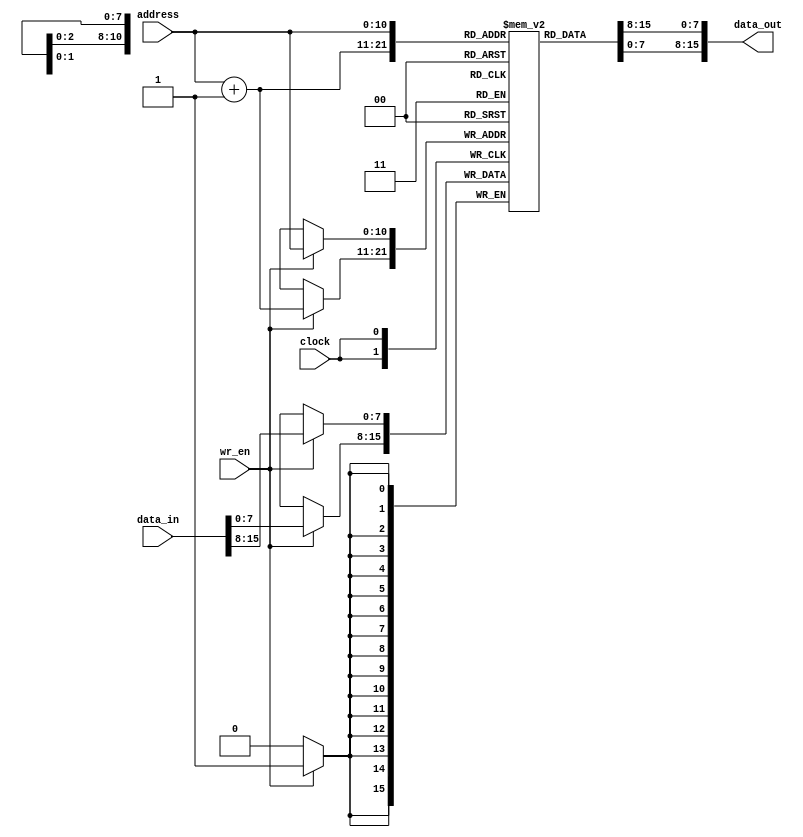
`timescale 1ns/1ps
`define MEM_DEPTH  2048
`define MEM_WIDTH  8
`define WORD_WIDTH 16

/* Address List
 * (2/4)        [0x0 - 0x07]        amISink/forAggregation/epsilon FLAGS (0-3)
 * (2/16)       [0x8 - 0x27]        knownSinks (4-19)
 * (2/16)       [0x28 - 0x47]       worstHops (20-35)
 * (2/64)       [0x48 - 0xC7]       neighborID (36-99)
 * (2/64)       [0xC8 - 0x147]      clusterID (100-163)
 * (2/64)       [0x148 - 0x1C7]     batteryStat (164-227)
 * (2/64)       [0x1C8 - 0x247]     qValue (228-291)
 * (2/8*64)     [0x248 - 0x647]     sinkIDs (292-803)
 * (2/16)       [0x648 - 0x667]     HCM (804-819)
 * (2/16)       [0x668 - 0x687]     betterneighbors (820-835)
 * 
 * (2/1)        [0x688 - 0x689]     knownSinkCount (836)
 * (2/1)        [0x68A - 0x68B]     neighborCount (837)
 * (2/1)        [0x68C - 0x68D]     betterneighborCount (838)
 * (2/64)       [0x68E - 0x70D]     sinkIDCount (839-902)
 */

module mem(clock, address, wr_en, data_in, data_out);
	input clock, wr_en;
	input [10:0] address;
	input [`WORD_WIDTH-1:0] data_in;
	output [`WORD_WIDTH-1:0] data_out;

	//INITIALIZE MEMORY ARRAY
	reg [`MEM_WIDTH-1:0] memory [0:`MEM_DEPTH-1];


	//STORE INITIAL CONTENTS
	//initial begin
	//	$readmemh("./mem.txt", memory);
	//end

	//READ PORT
	reg [`WORD_WIDTH-1:0] data_out_buf;

	always@(*)
		data_out_buf <= {memory[address], memory[address+1]};

	assign data_out = data_out_buf;

	//WRITE PORT
	always@(posedge clock) begin
		if (wr_en) begin
			memory[address] <= data_in[15:8];
			memory[address+1] <= data_in[7:0];
		end
	end
endmodule